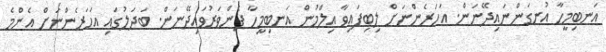
އަނބިމީހާ އުނގަންނައިދޭނަން. އަހަރެންނަށް ލިބިފައިވާ އިލްމުން އަނބިމީހާ ފެންވަރުވައިދޭނަން. ބަދަލުގައި އަހަރެންނަށް އެންމެ